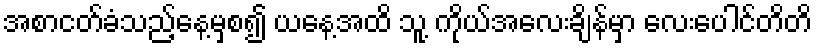
အစာငတ်ခံသည့်နေ့မှစ၍ ယနေ့အထိ သူ့ ကိုယ်အလေးချိန်မှာ လေးပေါင်တိတိ